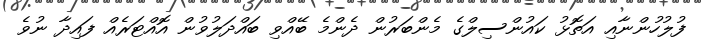
ފުލުހުންނާއި އަތޮޅު ކައުންސިލްގެ މެންބަރުން ދެންމެ ބޭއްވި ބައްދަލުވުން އޮއްޓަރެއް ފައިދާ ނުވެ